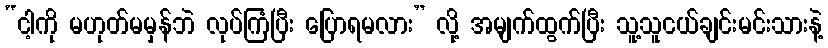
“ငါ့ကို မဟုတ်မမှန်ဘဲ လုပ်ကြံပြီး ပြောရမလား” လို့ အမျက်ထွက်ပြီး သူ့သူငယ်ချင်းမင်းသားနဲ့